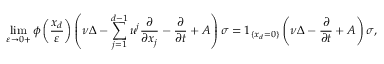
\operatorname* { l i m } _ { \varepsilon \rightarrow 0 + } \phi \left( \frac { x _ { d } } { \varepsilon } \right) \left( \nu \Delta - \sum _ { j = 1 } ^ { d - 1 } u ^ { j } \frac { \partial } { \partial x _ { j } } - \frac { \partial } { \partial t } + A \right) \sigma = 1 _ { \{ x _ { d } = 0 \} } \left( \nu \Delta - \frac { \partial } { \partial t } + A \right) \sigma ,